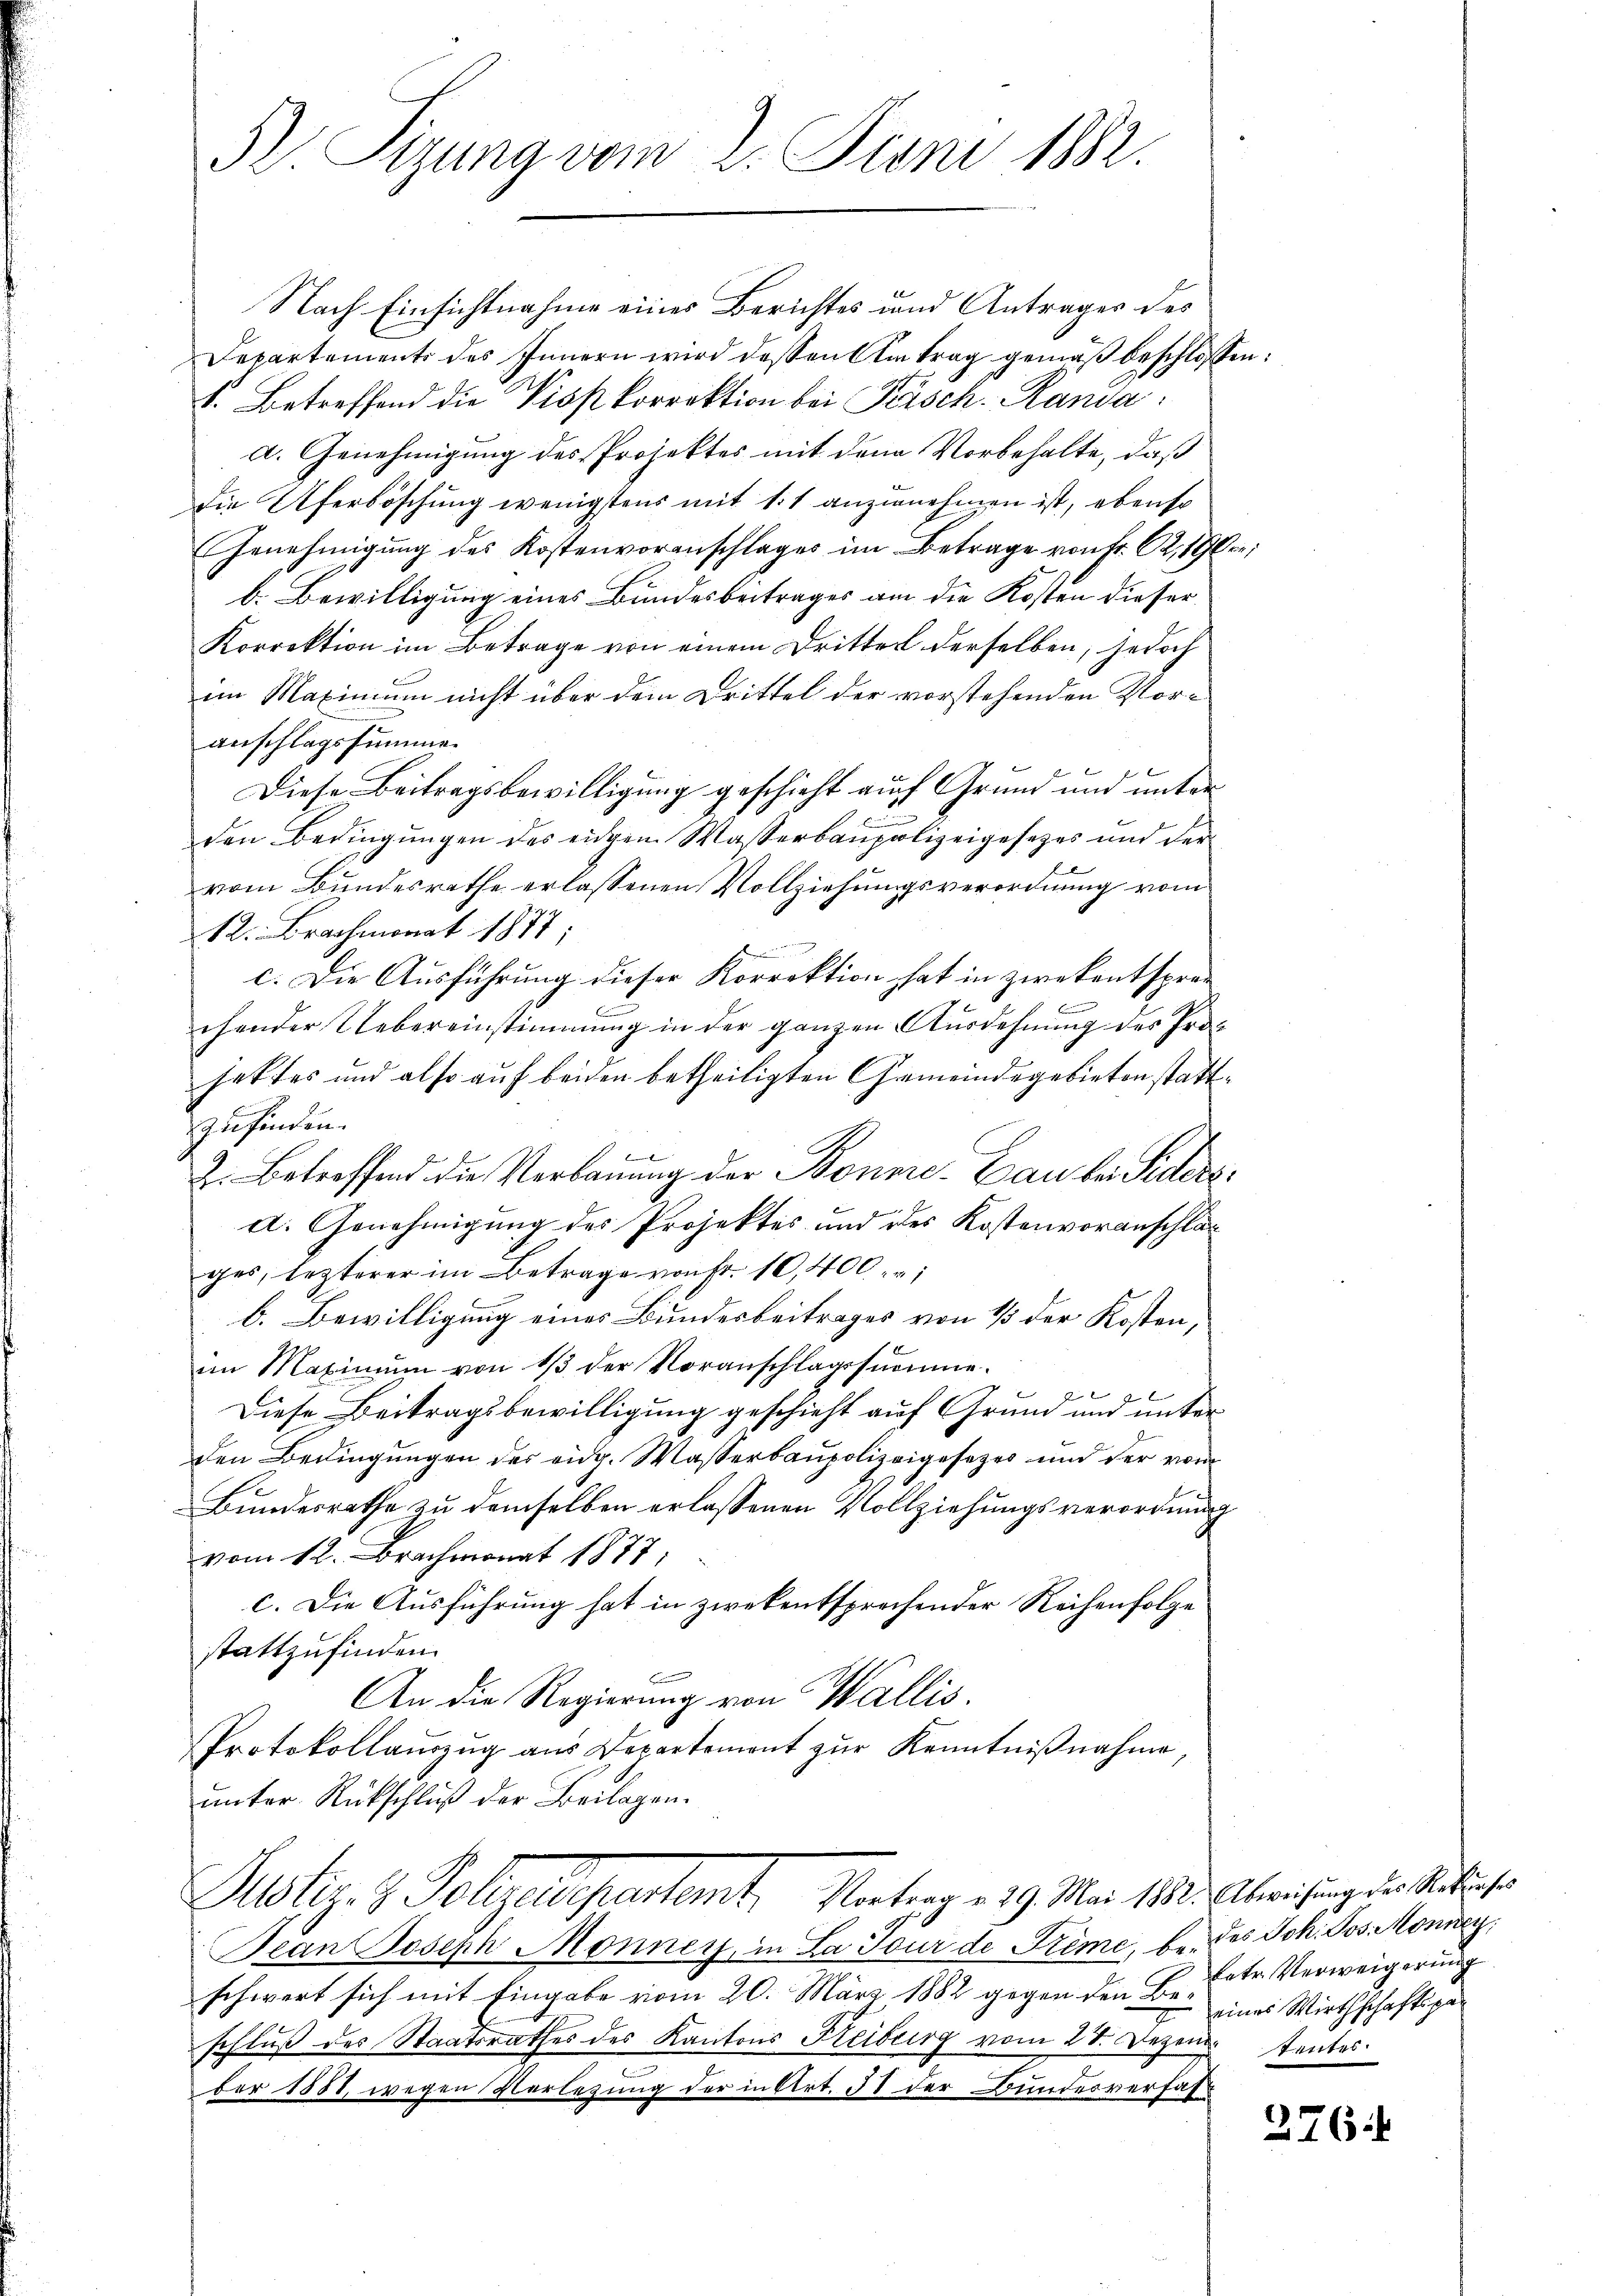
D Sizung vom 2. Juni 1882.

Nach Einsichtnahme eines Berichtes und Antrages des
Departements des Innern wird dessen Antrag gemäß beschloß.
b. Betreffend die Visskorrektion bei Pesch. Randa
a. Genehmigung des Projektes mit den Vorbehalte, daß
Die Uferböschung wenigstens mit 11 anzunehmen ist, ebenso
Genehmigŭng des Kostenvoranschlages im Betrage von fr. 62, 19.
b. Bewilligung eines Bundesbeitrages am die Kosten dieser
Korrektion im Betrage von einem Drittel derselben, jedoch
im Maximum nicht über dem Drittel der vorstehenden Voranschlagssumme
Diese Beitragsbewilligung geschieht auch Grund und unter
den Bedingungen des eiden Wasserbaupolizeigesetzes und der
vom Bundesrathe erlassenen Vollziehungsverordnung vom
12. Brachmonat 1877;
c. Die Ausführung dieser Korrektion hat in zwekentsprac
chender Uebereinstimmung in der ganzen Ausdehnung des Prohattes und also auf beiden betheiligten Gemeindegebieten stattzufinden.
2. Betreffend die Verbauung der Bonere Cau bei Sidersd. Genehmigung des Projektes und des Kostenvoranschlag
ges, lezterer im Betrage von Fr. 10,400:
b. Bewilligung eines Bundesbeitrages von 1/3 der Kosten,
im Maximŭm von 1/3 der Voranschlagssumme.

Diese Beitragsbewilligung geschieht auf Grund und unter
Den Bedingungen des eidg. Wasserbaupolizeigesezes und der von
Bundesrathe zu demselben erlassenen Vollziehungsverordnung
vom 12. Brachmonat 1877;
c. Die Ausführung hat in zwekentsprechender Reihenfolge
stattzufinden.
An die Regierung von Wallis.
Protokollaŭszŭg aŭs Departement zŭr Kenntniβnahme
unter Rückschluß der Beilagen.
Justiz- & Polizeidepartamt, Vortrag e 19. Mai 1812. Abweisung der Statische
Jean Joseph Monney, in La Jour de Freme, be- des Joh. Jos. Mannen,
schwert sich mit Eingabe vom 20. März 1882 gegen den Bei eines Wirthschaftspaschlŭβ des Staatsrathes des Kantons Kreiburg vom 28. Dezem. tentes.
der 1888 wegen Verlegung der in Art. 38 der Bundesverfas¬

betr. Verweigerung

in.
u

276